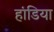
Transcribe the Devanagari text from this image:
हांडिया